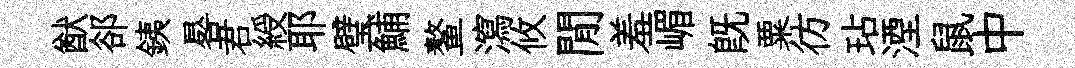
猷郤銕晷君綬耶璧鯆鳌瀉攸閒羞嵋旣粟彷玷湮鼠中